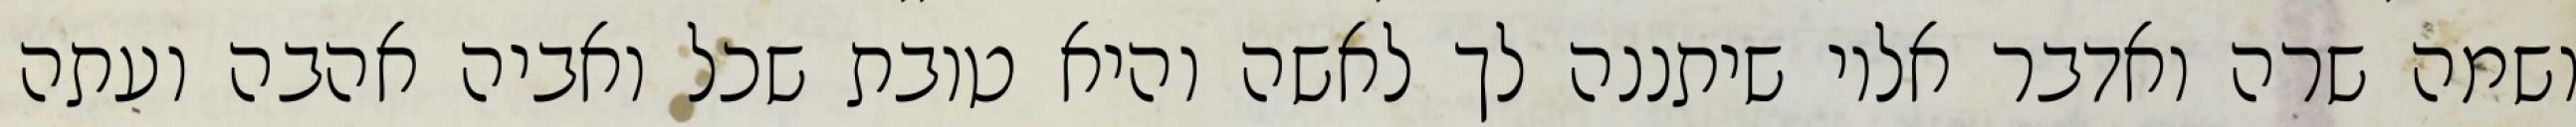
ושמה שרה ואדבר אליו שיתננה לך לאשה והיא טובת שכל ואביה אהבה ועתה